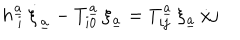
LaTeX: h _ { \ i } ^ { \underline { { { a } } } } \, \dot { \xi } _ { \underline { { { a } } } } - T _ { i 0 } ^ { \underline { { { a } } } } \, \xi _ { \underline { { { a } } } } = T _ { i j } ^ { \underline { { { a } } } } \, \xi _ { \underline { { { a } } } } \, { \dot { x } j }